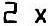
2 X